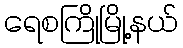
ရေစကြိုမြို့နယ်